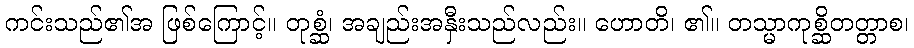
ကင်းသည်၏အ ဖြစ်ကြောင့်။ တုစ္ဆံ၊ အချည်းအနှီးသည်လည်း။ ဟောတိ၊ ၏။ တသ္မာကုစ္ဆိတတ္တာစ၊